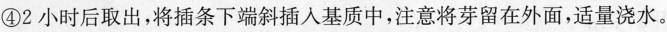
④2小时后取出，将插条下端斜插入基质中，注意将芽留在外面，适量浇水。